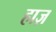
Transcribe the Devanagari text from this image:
हाज़